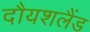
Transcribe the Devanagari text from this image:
दौयशलैंड